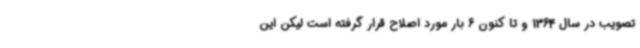
تصویب در سال 1364 و تا کنون 6 بار مورد اصلاح قرار گرفته است لیکن این